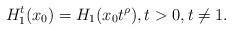
LaTeX: \begin{align*}H_{1}^{t}(x_{0})=H_{1}(x_{0}t^{\rho }),t>0,t\neq 1.\end{align*}